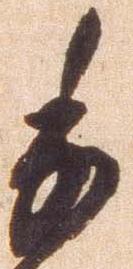
委